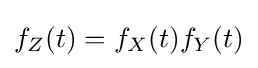
f_{Z}(t)=f_{X}(t)f_{Y}(t)